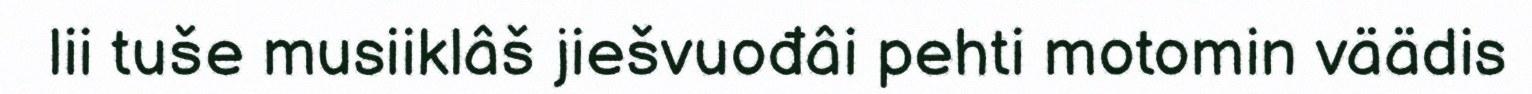
lii tuše musiiklâš jiešvuođâi pehti motomin väädis